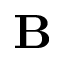
{ \bf B }